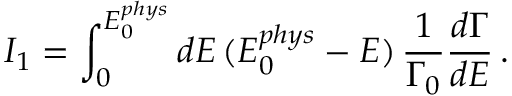
I _ { 1 } = \int _ { 0 } ^ { E _ { 0 } ^ { p h y s } } d E \, ( E _ { 0 } ^ { p h y s } - E ) \, \frac { 1 } { \Gamma _ { 0 } } \frac { d \Gamma } { d E } \, .